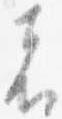
者